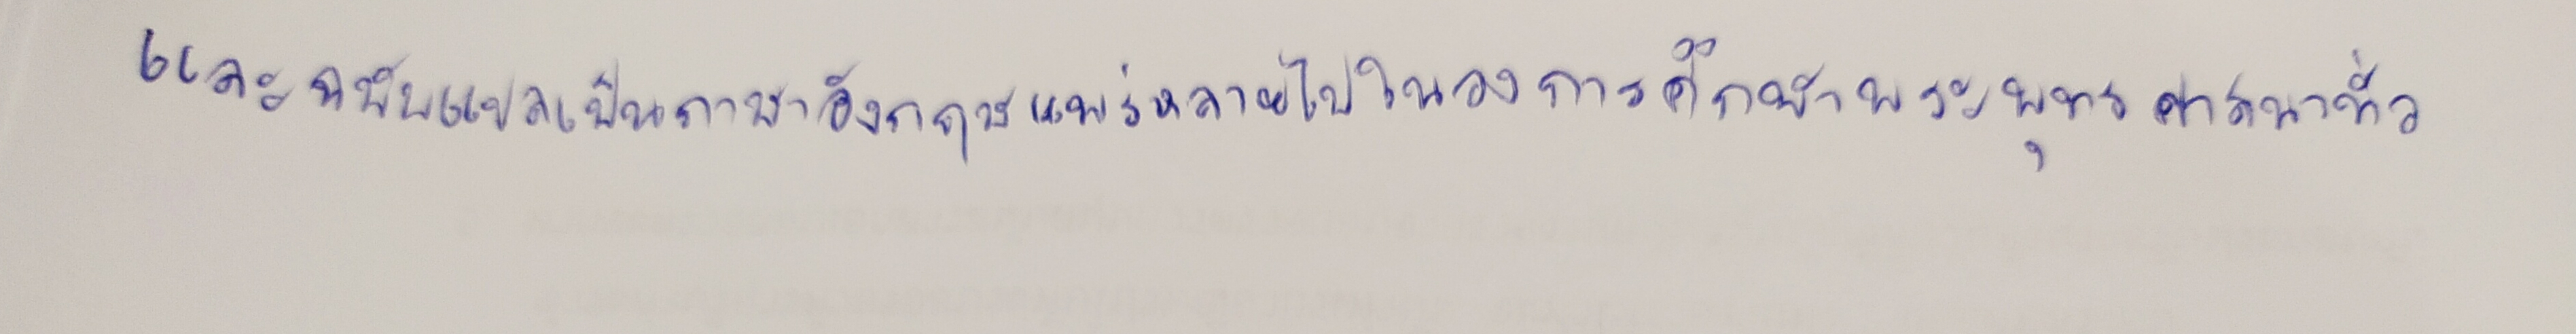
และฉบับแปลเป็นภาษาอังกฤษแพร่หลายไปในวงการศึกษาพระพุทธศาสนาทั่ว